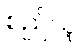
စည်သူ